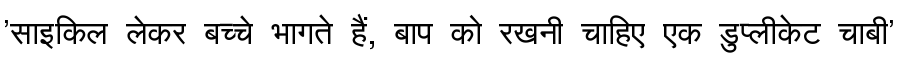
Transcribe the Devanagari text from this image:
'साइकिल लेकर बच्चे भागते हैं, बाप को रखनी चाहिए एक डुप्लीकेट चाबी'